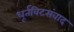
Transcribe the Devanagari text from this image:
धूर्तविटसंवाद